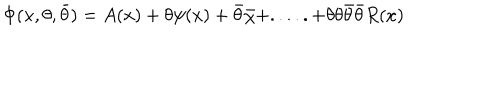
LaTeX: \Phi ( x , \theta , \bar { \theta } ) = A ( x ) + \theta \psi ( x ) + \bar { \theta } \bar { \chi } + . . . . . + \theta \theta \bar { \theta } \bar { \theta } R ( x )